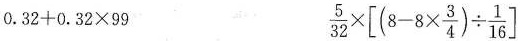
$$0. 3 2 + 0. 3 2 × 9 9$$ $$\frac{ 5 } { 3 2 } \times [ ( 8 - 8 \times \frac{ 3 } { 4 } ) \div \frac { 1 } { 1 6 } ]$$